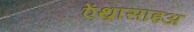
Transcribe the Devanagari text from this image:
ऐंथ्रासाइअ